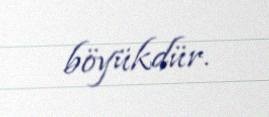
böyükdür.